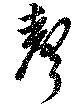
聲